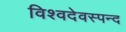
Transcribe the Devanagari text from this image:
विश्वदेवस्पन्द